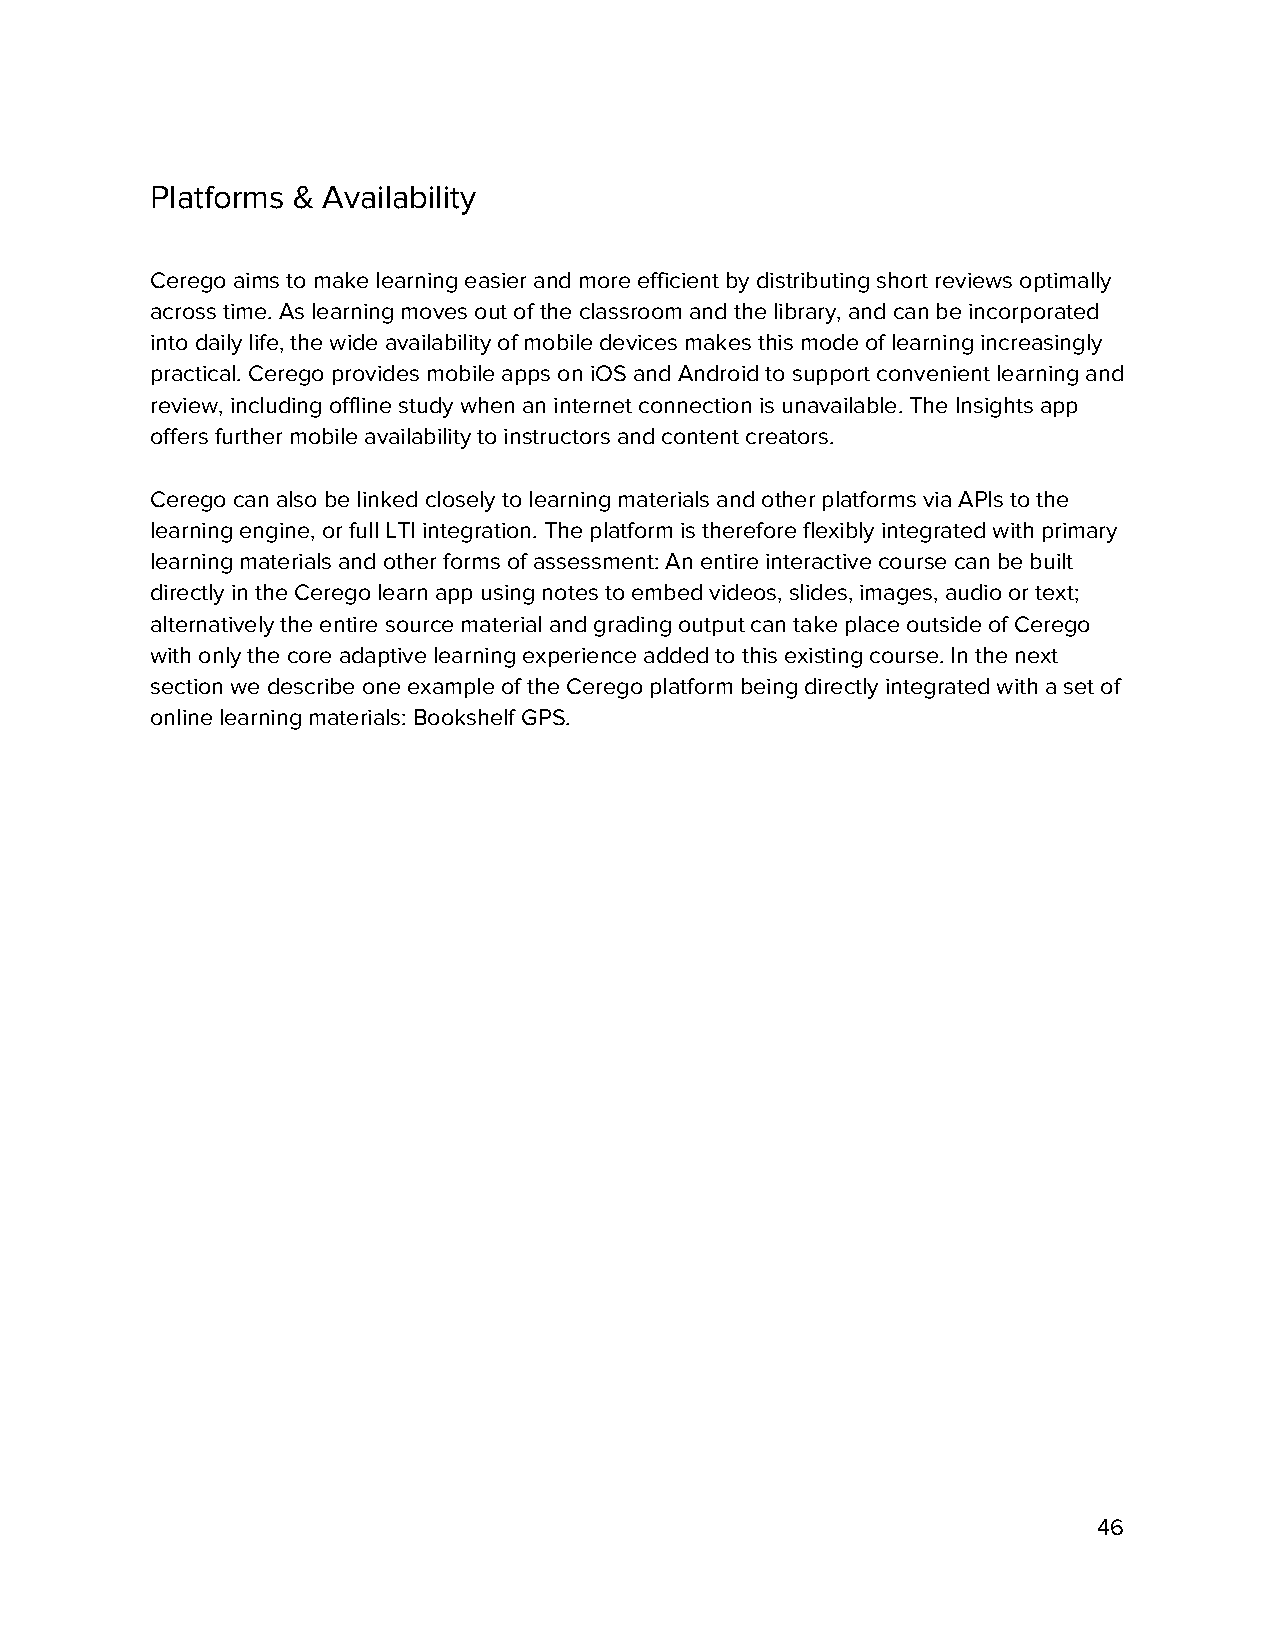
Platforms & Availability
 Cerego aims to make learning easier and more efficient by distributing short reviews optimally
 across time. As learning moves out of the classroom and the library, and can be incorporated
 into daily life, the wide availability of mobile devices makes this mode of learning increasingly
 practical. Cerego provides mobile apps on iOS and Android to support convenient learning and
 review, including offline study when an internet connection is unavailable. The Insights app
 offers further mobile availability to instructors and content creators.
 Cerego can also be linked closely to learning materials and other platforms via APIs to the
 learning engine, or full LTI integration. The platform is therefore flexibly integrated with primary
 learning materials and other forms of assessment: An entire interactive course can be built
 directly in the Cerego learn app using notes to embed videos, slides, images, audio or text;
 alternatively the entire source material and grading output can take place outside of Cerego
 with only the core adaptive learning experience added to this existing course. In the next
 section we describe one example of the Cerego platform being directly integrated with a set of
 online learning materials: Bookshelf GPS.
 46